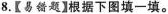
8.【易错题】根据下图填一填。